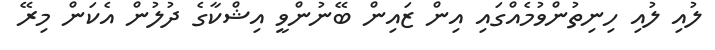
ލުއި ލުއި ހިނިތުންވުމެއްގައި އިން ޒައިން ބޭނުންވީ އިޝްކާގެ ދުލުން އެކަން މިރޭ